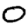
Digit: 0